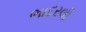
ભાદરલી